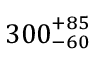
{ 3 0 0 } _ { - 6 0 } ^ { + 8 5 }